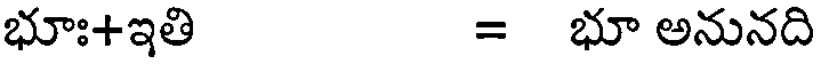
భూః+ఇతి = భూ అనునది